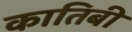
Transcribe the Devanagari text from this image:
कातिबी